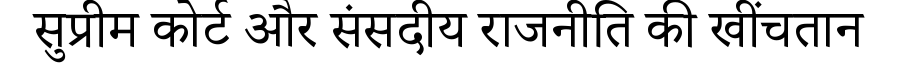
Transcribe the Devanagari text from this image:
सुप्रीम कोर्ट और संसदीय राजनीति की खींचतान